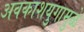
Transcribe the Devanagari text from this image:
अवकाशयुगामुळे